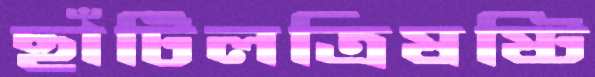
ছাঁটিলত্রিষষ্টি